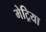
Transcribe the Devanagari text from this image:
मेट्रिया